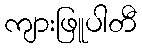
ကျားဖြူပါတီ